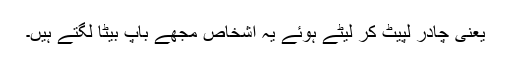
یعنی چادر لپیٹ کر لیٹے ہوئے یہ اشخاص مجھے باپ بیٹا لگتے ہیں۔